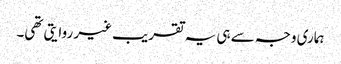
ہماری وجہ سے ہی یہ تقریب غیر روایتی تھی۔